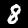
Digit: 8